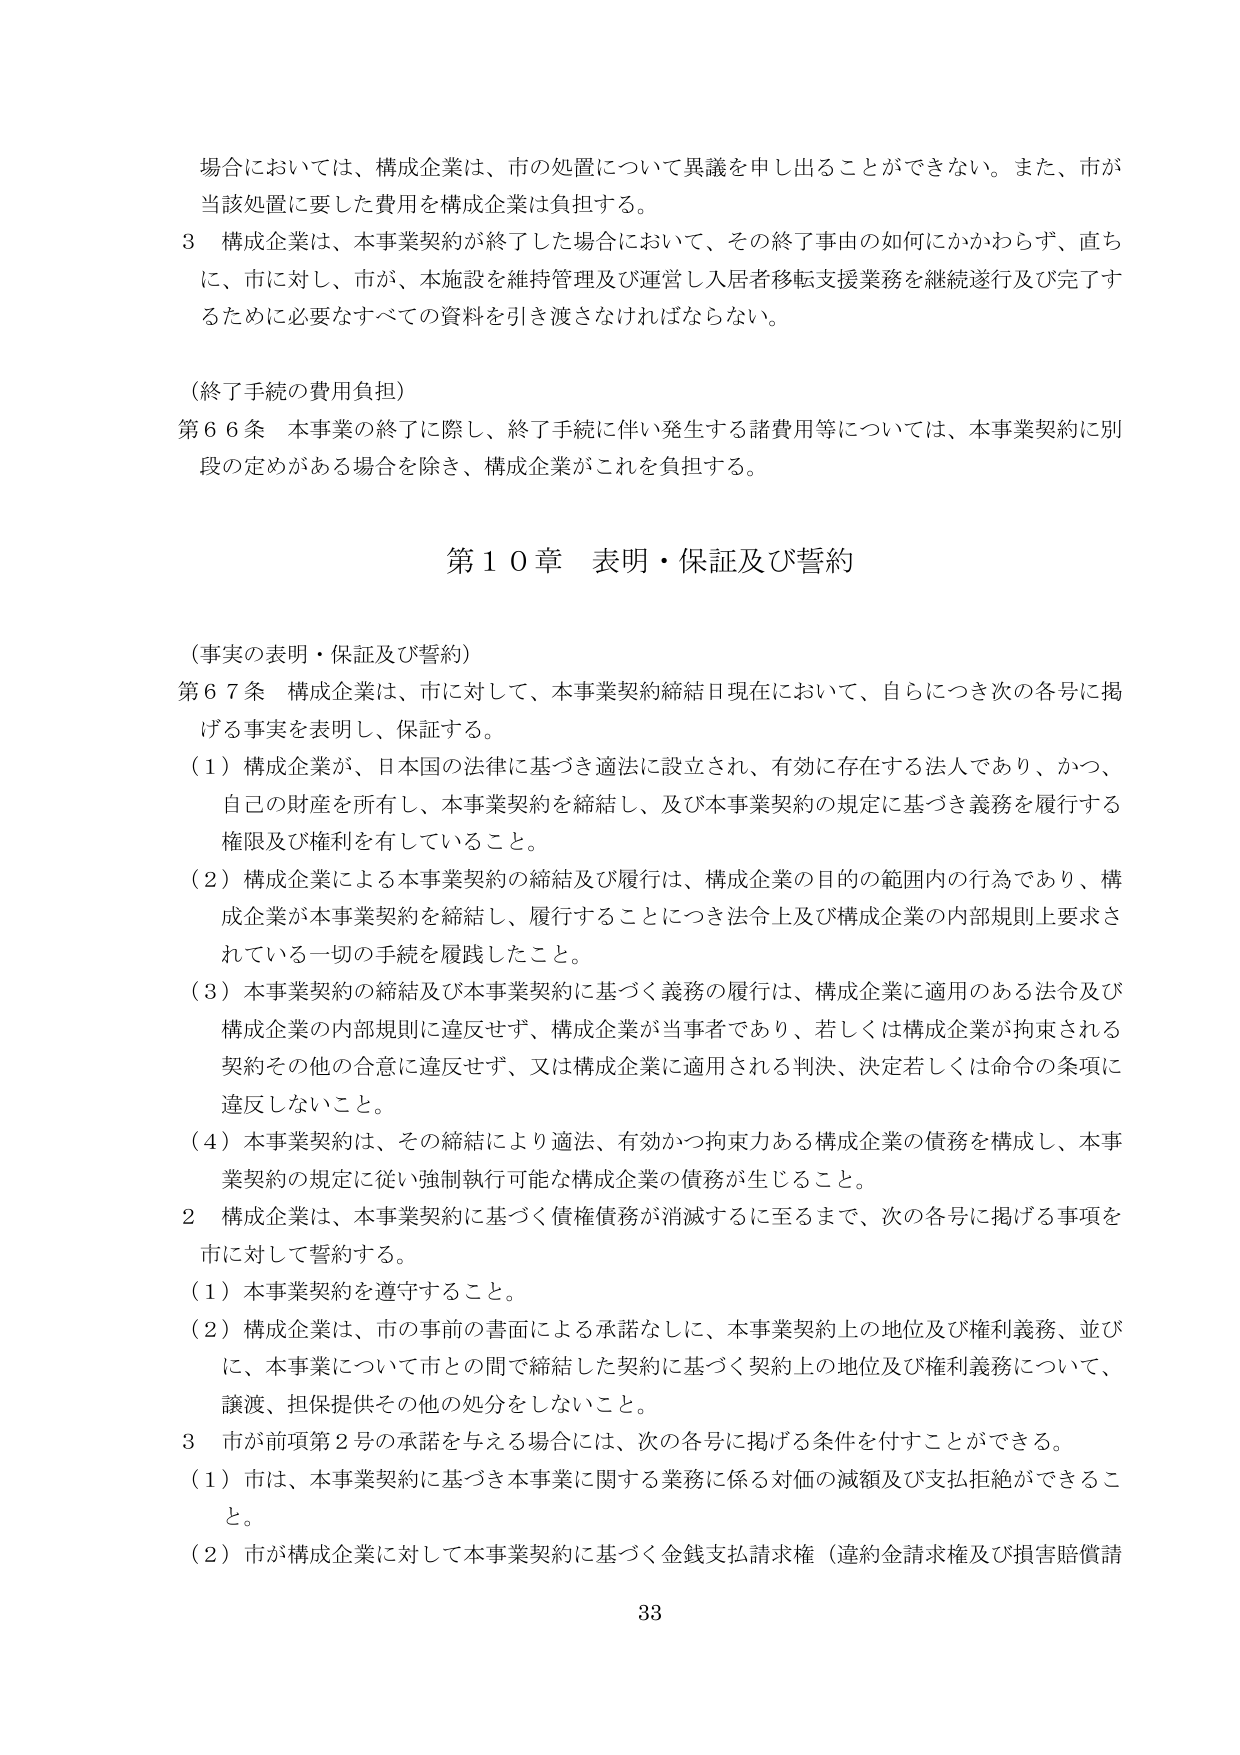
場合においては、構成企業は、市の処置について異議を申し出ることができない。また、市が当該処置に要した費用を構成企業は負担する。

3 構成企業は、本事業契約が終了した場合において、その終了事由の如何にかかわらず、直ちに、市に対し、市が、本施設を維持管理及び運営し入居者移転支援業務を継続遂行及び完了するために必要なすべての資料を引き渡さなければならない。

（終了手続の費用負担）

第66条 本事業の終了に際し、終了手続に伴い発生する諸費用等については、本事業契約に別段の定めがある場合を除き、構成企業がこれを負担する。

第10章 表明・保証及び誓約

（事実の表明・保証及び誓約）

第67条 構成企業は、市に対して、本事業契約締結日現在において、自らにつき次の各号に掲げる事実を表明し、保証する。

（1）構成企業が、日本国の法律に基づき適法に設立され、有効に存在する法人であり、かつ、自己の財産を所有し、本事業契約を締結し、及び本事業契約の規定に基づき義務を履行する権限及び権利を有していること。

（2）構成企業による本事業契約の締結及び履行は、構成企業の目的の範囲内の行為であり、構成企業が本事業契約を締結し、履行することにつき法令上及び構成企業の内部規則上要求されている一切の手続を履践したこと。

（3）本事業契約の締結及び本事業契約に基づく義務の履行は、構成企業に適用のある法令及び構成企業の内部規則に違反せず、構成企業が当事者であり、若しくは構成企業が拘束される契約その他の合意に違反せず、又は構成企業に適用される判決、決定若しくは命令の条項に違反しないこと。

（4）本事業契約は、その締結により適法、有効かつ拘束力ある構成企業の債務を構成し、本事業契約の規定に従い強制執行可能な構成企業の債務が生じること。

2 構成企業は、本事業契約に基づく債権債務が消滅するに至るまで、次の各号に掲げる事項を市に対して誓約する。

（1）本事業契約を遵守すること。

（2）構成企業は、市の事前の書面による承諾なしに、本事業契約上の地位及び権利義務、並びに、本事業について市との間で締結した契約に基づく契約上の地位及び権利義務について、譲渡、担保提供その他の処分をしないこと。

3 市が前項第2号の承諾を与える場合には、次の各号に掲げる条件を付すことができる。

（1）市は、本事業契約に基づき本事業に関する業務に係る対価の減額及び支払拒絶ができること。

（2）市が構成企業に対して本事業契約に基づく金銭支払請求権（違約金請求権及び損害賠償請

33